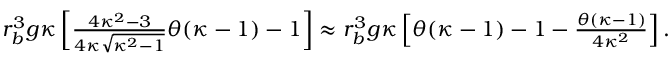
\begin{array} { r } { r _ { b } ^ { 3 } g \kappa \left[ \frac { 4 \kappa ^ { 2 } - 3 } { 4 \kappa \sqrt { \kappa ^ { 2 } - 1 } } \theta ( \kappa - 1 ) - 1 \right] \approx r _ { b } ^ { 3 } g \kappa \left[ \theta ( \kappa - 1 ) - 1 - \frac { \theta ( \kappa - 1 ) } { 4 \kappa ^ { 2 } } \right] . } \end{array}